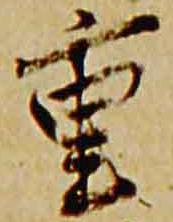
重